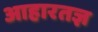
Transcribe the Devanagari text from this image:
आहारतज्ञ